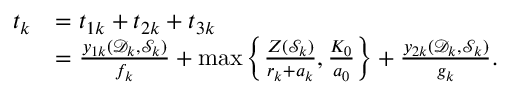
\begin{array} { r l } { t _ { k } } & { = t _ { 1 k } + t _ { 2 k } + t _ { 3 k } } \\ & { = \frac { y _ { 1 k } ( \mathcal D _ { k } , \mathcal S _ { k } ) } { f _ { k } } + \operatorname* { m a x } \left\{ \frac { Z ( \mathcal S _ { k } ) } { r _ { k } + a _ { k } } , \frac { K _ { 0 } } { a _ { 0 } } \right\} + \frac { y _ { 2 k } ( \mathcal D _ { k } , \mathcal S _ { k } ) } { g _ { k } } . } \end{array}